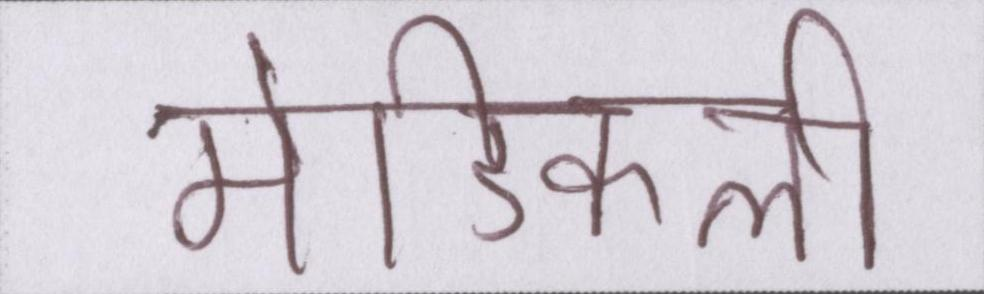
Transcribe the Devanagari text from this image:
मेडिकली